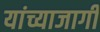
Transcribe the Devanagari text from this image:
यांच्याजागी